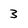
Character: 3